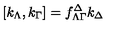
[ k _ { \Lambda } , k _ { \Gamma } ] = f _ { \Lambda \Gamma } ^ { \Delta } k _ { \Delta }